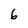
Character: 6